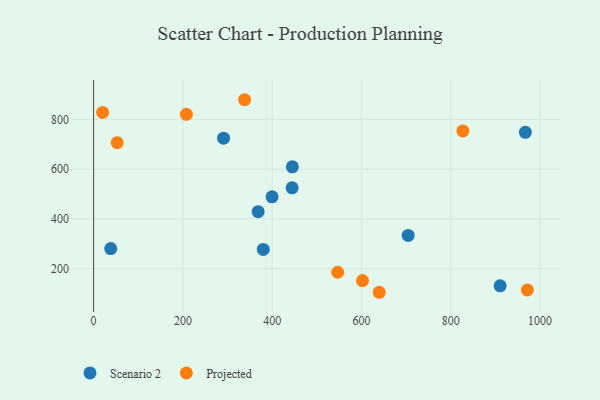
{"axis": {"x": "Study Hours", "y": "Salary"}, "legend": ["Projected", "Scenario 2"], "data": [{"x": "704.5", "y": 333.9, "type": "Scenario 2"}, {"x": "910.5", "y": 131.4, "type": "Scenario 2"}, {"x": "291.1", "y": 724.5, "type": "Scenario 2"}, {"x": "368.5", "y": 429.1, "type": "Scenario 2"}, {"x": "38.3", "y": 280.9, "type": "Scenario 2"}, {"x": "399.7", "y": 488.8, "type": "Scenario 2"}, {"x": "967.0", "y": 747.7, "type": "Scenario 2"}, {"x": "444.6", "y": 525.0, "type": "Scenario 2"}, {"x": "445.1", "y": 609.3, "type": "Scenario 2"}, {"x": "380.0", "y": 277.4, "type": "Scenario 2"}, {"x": "546.7", "y": 185.9, "type": "Projected"}, {"x": "602.3", "y": 152.4, "type": "Projected"}, {"x": "52.8", "y": 706.2, "type": "Projected"}, {"x": "639.7", "y": 105.4, "type": "Projected"}, {"x": "827.0", "y": 753.3, "type": "Projected"}, {"x": "207.8", "y": 820.3, "type": "Projected"}, {"x": "971.5", "y": 114.5, "type": "Projected"}, {"x": "338.2", "y": 878.8, "type": "Projected"}, {"x": "20.2", "y": 827.7, "type": "Projected"}]}